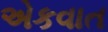
એકવાત